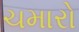
ચમારો